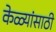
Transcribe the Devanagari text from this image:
केळ्यांसाठी